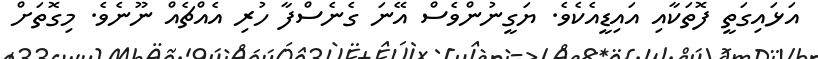
އަޅައިގަތީ ފޮތަކާއި އައިޑީއެކެވެ. ޔަގީނުންވެސް އޭނަ ގެނެސްފާ ހުރި އެއްޗެއް ނޫނެވެ. މިގޮތަށް